Civil Veterinary Department Bengal reports 1923-33 - 1923-1933
Year: 1923
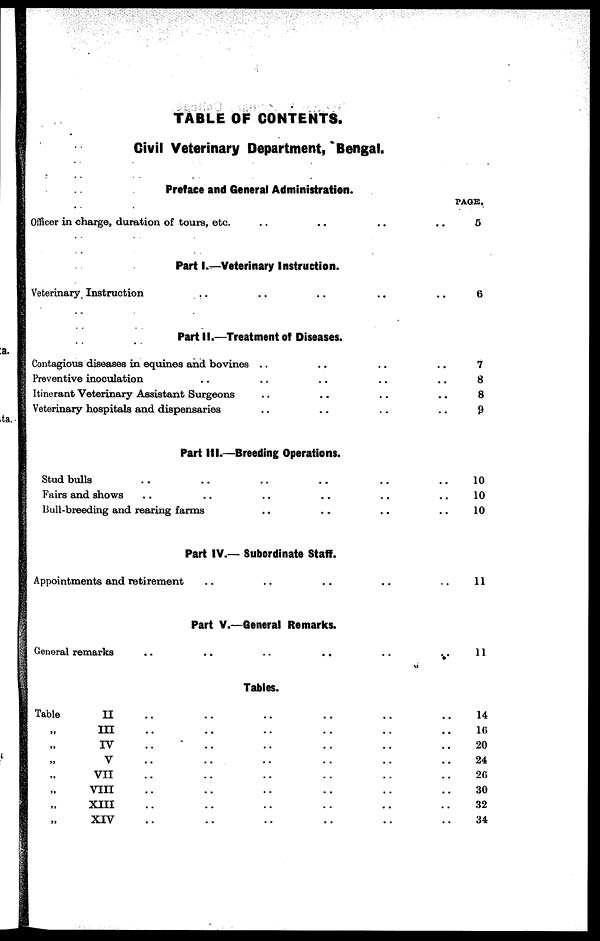
TABLE OF C0NTENT8.
Civil Veterinary Department, Bengal.
Preface and General Administration.
Officer in charge, duration of tours, etc. .. ..
Part I.—Veterinary Instruction.
Veterinary Instruction .. .. .. .. ..
Part II.—Treatment of Diseases.
Contagious diseases in equines and bovines .. .. ..
Preventive inoculation .. .. .. ....
Itinerant Veterinary Assistant Surgeons .. .. .. ..
Veterinary hospitals and dispensaries .. .. .. ..
Part III.—Breeding Operations.
Stud bulls .. .. .. .. ..
Fairs and shows .. .. .. .. ..
Bull-breeding and rearing farms .. .. .. ..
Part IV.— Subordinate Staff.
Appointments and retirement
Part V.—General Remarks.
General remarks .. .. ..
Tables.
Table
II .. .. .. .. ..
„III .. .. .. .. ..
„ IV .. .. .. .. ..
„V .. .. .. .. ..
VII .. .. .. .. ..
„ VIII .. .. .. ..
„XIII .. .. .. .. ..
„ XIV .. .. .. .. ..
PAGE.
6
6
7
8
8
9
10
10
10
11
11
14
16
20
24
20
30
32
34